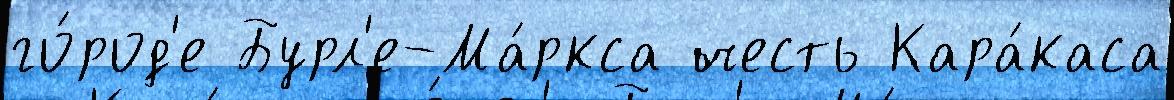
го́род'е Бурл'е-Ма́ркса честь Кара́каса